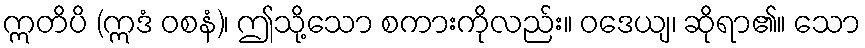
ဣတိပိ (ဣဒံ ဝစနံ)၊ ဤသို့သော စကားကိုလည်း။ ဝဒေယျ၊ ဆိုရာ၏။ သော